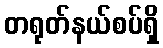
တရုတ်နယ်စပ်ရှိ